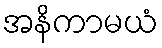
အနိကာမယံ